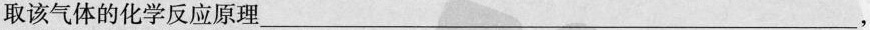
取该气体的化学反应原理___，